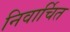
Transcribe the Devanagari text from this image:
निवार्चित